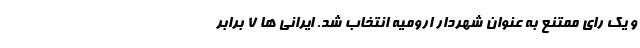
و یک رای ممتنع به عنوان شهردار ارومیه انتخاب شد. ایرانی ها 7 برابر